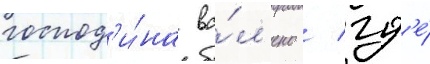
господ'и́на ва́л'ено / гд'е́